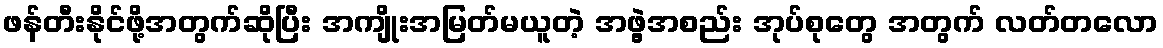
ဖန်တီးနိုင်ဖို့အတွက်ဆိုပြီး အကျိုးအမြတ်မယူတဲ့ အဖွဲ့အစည်း အုပ်စုတွေ အတွက် လတ်တလော